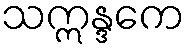
သဣန္ဒကေ